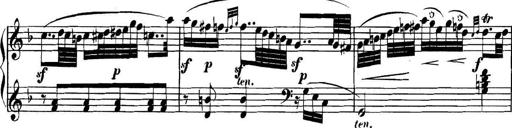
Title: Collected Piano Sonatas
Composer: Muzio Clementi